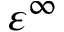
\varepsilon ^ { \infty }